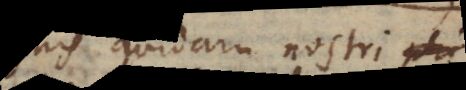
insignis quidam nostri